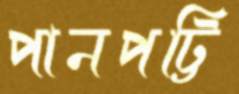
পানপট্টি